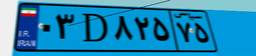
۰۳D۸۲۵۷۵